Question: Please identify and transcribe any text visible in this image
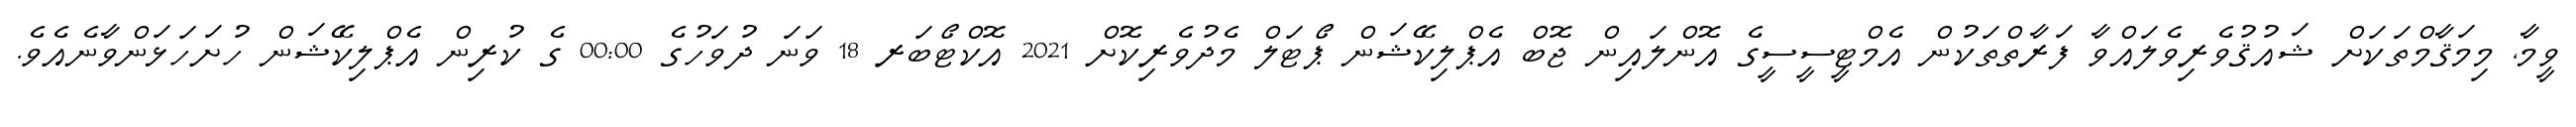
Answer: ވީމާ, މިމަޤާމްތަކަށް ޝައުޤުވެރިވެލައްވާ ފަރާތްތަކުން އެމްޓީސީސީގެ އޮންލައިން ޖޮބް އެޕްލިކޭޝަން ޕޯޓަލް މެދުވެރިކޮށް 2021 އޮކްޓޯބަރ 18 ވަނަ ދުވަހުގެ 00:00 ގެ ކުރިން އެޕްލިކޭޝަން ހުށަހަޅަންވާނެއެވެ.